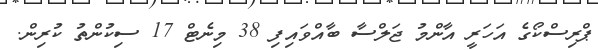
ޕްރިސްކޯގެ އަހަރީ އާންމު ޖަލްސާ ބާއްވައިފި 38 މިނެޓް 17 ސިކުންތު ކުރިން.